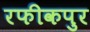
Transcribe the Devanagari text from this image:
रफीकपुर